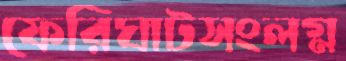
ফেরিঘাটসংলগ্ন